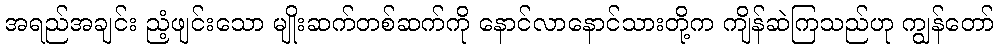
အရည်အချင်း ညံ့ဖျင်းသော မျိုးဆက်တစ်ဆက်ကို နောင်လာနောင်သားတို့က ကျိန်ဆဲကြသည်ဟု ကျွန်တော်